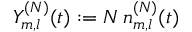
Y _ { m , l } ^ { ( N ) } ( t ) : = N \, n _ { m , l } ^ { ( N ) } ( t )